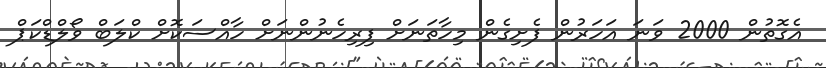
އެގޮތުން 2000 ވަނަ އަހަރުން ފެށިގެން މިހާތަނަށް ފިރިހެނުންނަށް ހާއްސަކޮށް ކްލަބް ވޯލްޑްކަޕް